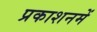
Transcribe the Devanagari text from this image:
प्रकाशनमें